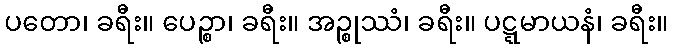
ပတော၊ ခရီး။ ပေဉ္စာ၊ ခရီး။ အဉ္စုဿံ၊ ခရီး။ ပဋ္ဋမာယနံ၊ ခရီး။